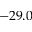
- 2 9 . 0